Vaccination North-Western Provinces and Oudh 1878-1895 - 1878-1895
Year: 1878
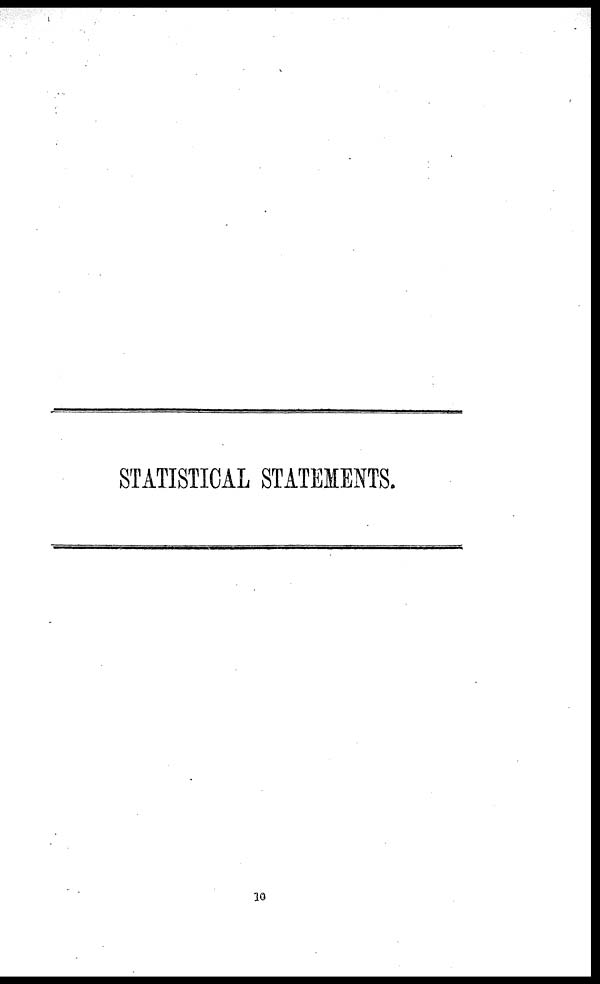
STATISTICAL STATEMENTS.
10